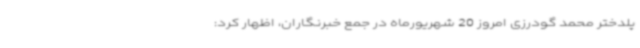
پلدختر محمد گودرزی امروز 20 شهریورماه در جمع خبرنگاران، اظهار کرد: